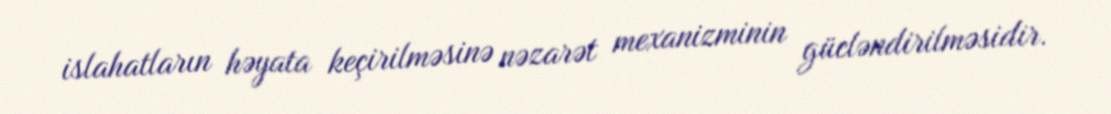
islahatların həyata keçirilməsinə nəzarət mexanizminin gücləndirilməsidir.